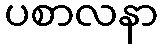
ပစာလနာ